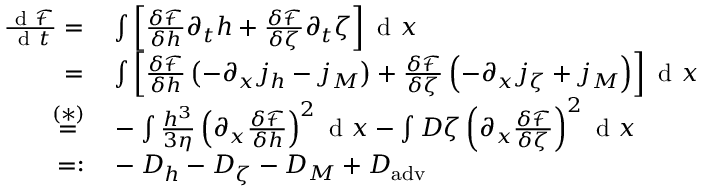
\begin{array} { r l } { \frac { \mathrm { ~ d ~ } \mathcal { F } } { \mathrm { ~ d ~ } t } = } & { { } \int \left[ \frac { \delta \mathcal { F } } { \delta h } \partial _ { t } h + \frac { \delta \mathcal { F } } { \delta \zeta } \partial _ { t } \zeta \right] \mathrm { ~ d ~ } x } \\ { = } & { { } \int \left[ \frac { \delta \mathcal { F } } { \delta h } \left( - \partial _ { x } j _ { h } - j _ { M } \right) + \frac { \delta \mathcal { F } } { \delta \zeta } \left( - \partial _ { x } j _ { \zeta } + j _ { M } \right) \right] \mathrm { ~ d ~ } x } \\ { \overset { ( * ) } { = } } & { { } - \int \frac { h ^ { 3 } } { 3 \eta } \left( \partial _ { x } \frac { \delta \mathcal { F } } { \delta h } \right) ^ { 2 } \mathrm { ~ d ~ } x - \int D \zeta \left( \partial _ { x } \frac { \delta \mathcal { F } } { \delta \zeta } \right) ^ { 2 } \mathrm { ~ d ~ } x } \\ { = : } & { { } - D _ { h } - D _ { \zeta } - D _ { M } + D _ { \mathrm { a d v } } \, } \end{array}